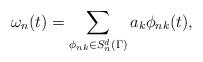
LaTeX: \begin{align*} \omega_n (t) =\sum_{\phi_{nk}\in S_n^d(\Gamma)} a_k \phi_{nk}(t),\end{align*}